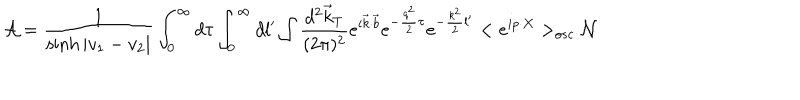
LaTeX: { \cal A } = \frac 1 { \sinh | v _ { 1 } - v _ { 2 } | } \int _ { 0 } ^ { \infty } d \tau \int _ { 0 } ^ { \infty } d l ^ { \prime } \int \frac { d ^ { 2 } \vec { k } _ { T } } { ( 2 \pi ) ^ { 2 } } e ^ { i \vec { k } \cdot \vec { b } } e ^ { - \frac { q ^ { 2 } } 2 \tau } e ^ { - \frac { k ^ { 2 } } 2 l ^ { \prime } } < e ^ { i p \cdot X } > _ { o s c } { \cal N }